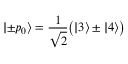
| { \pm p _ { 0 } } \rangle = \frac 1 { \sqrt { 2 } } \bigl ( | 3 \rangle \pm | 4 \rangle \bigr )